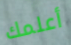
أعلمك